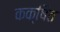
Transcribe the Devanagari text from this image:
कक्षित